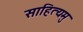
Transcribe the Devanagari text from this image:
साहित्यमु